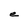
Character: e